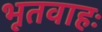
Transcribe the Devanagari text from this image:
भूतवाहः